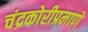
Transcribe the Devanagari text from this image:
चंद्रकोरीप्रमाणे